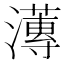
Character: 𭳚